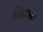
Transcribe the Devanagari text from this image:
निप्पक्ष